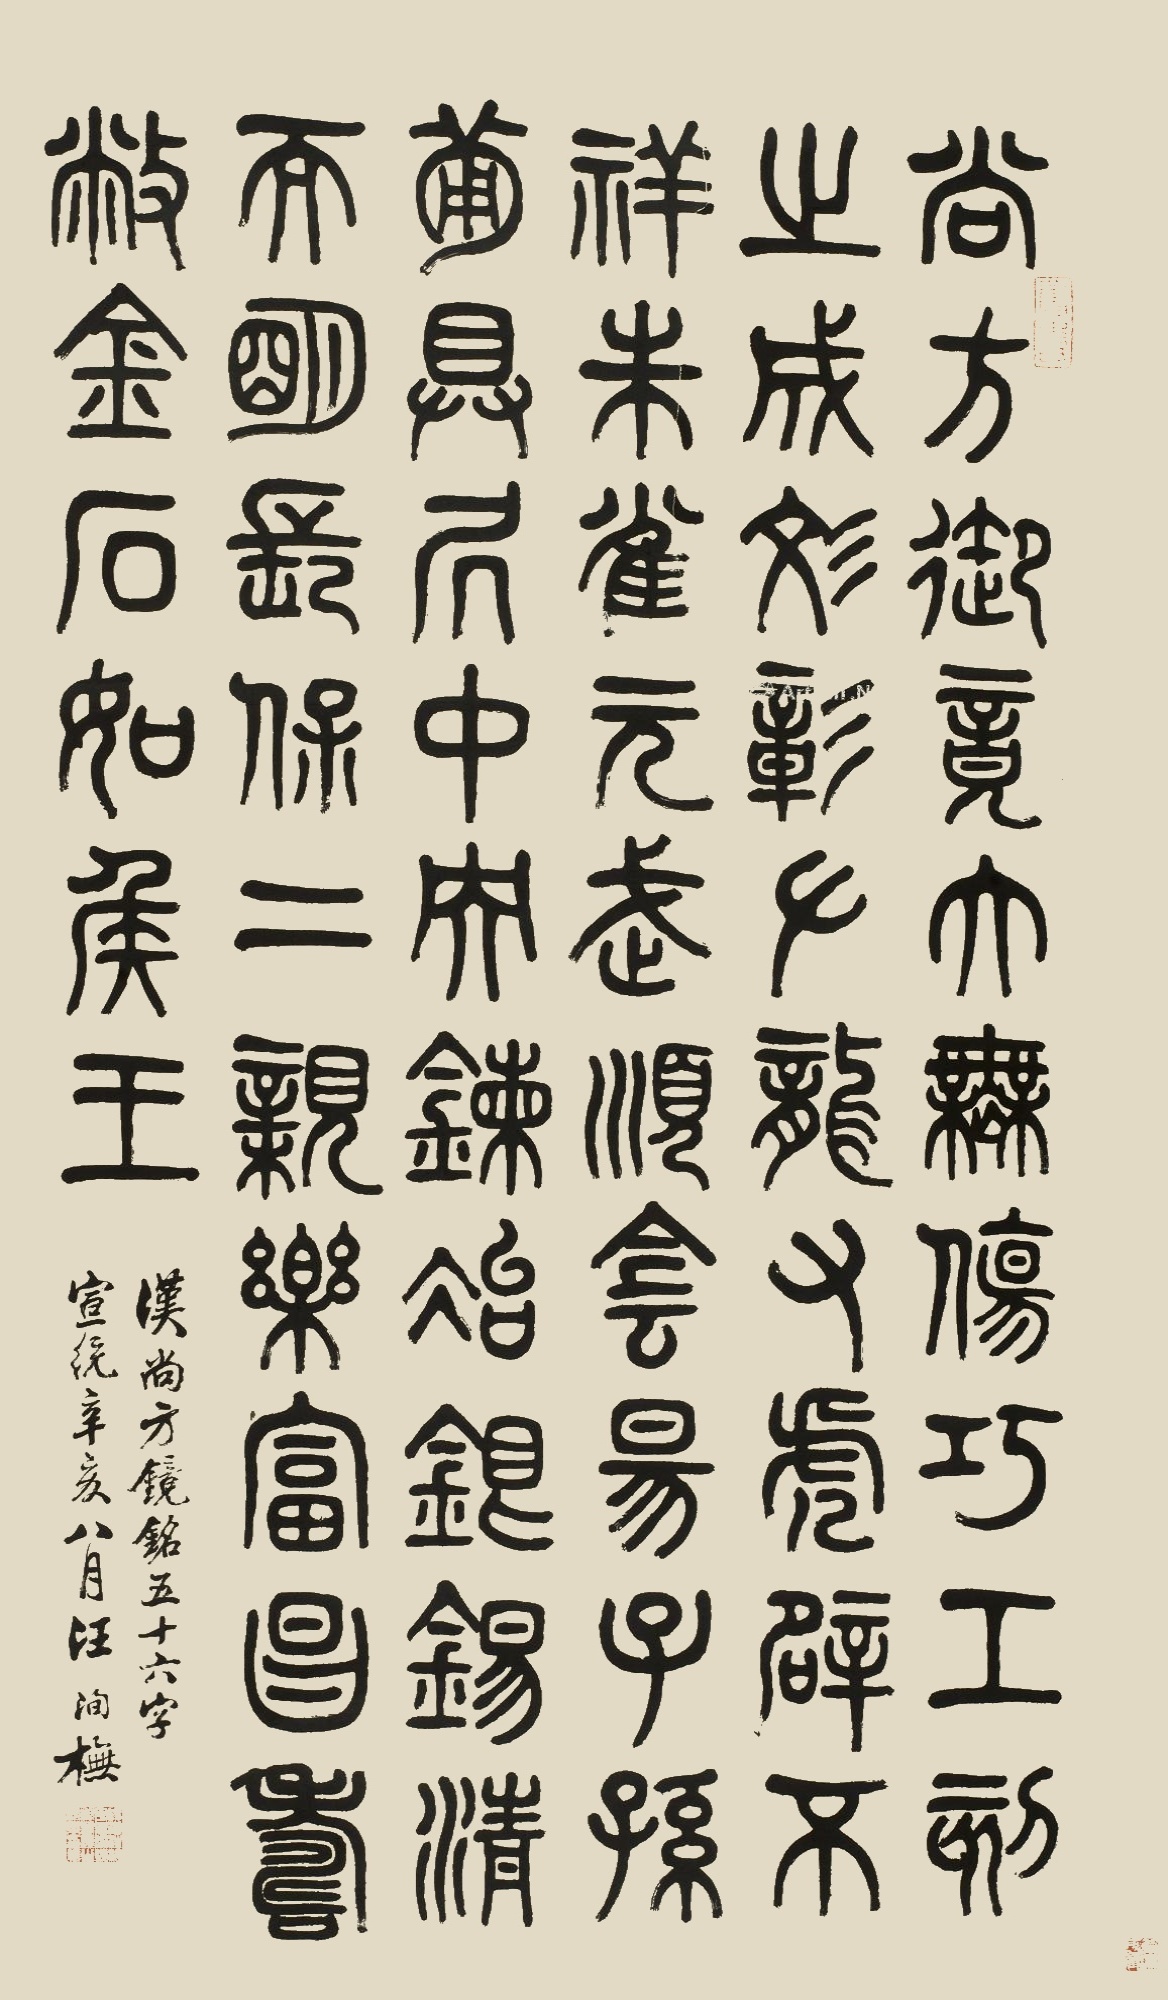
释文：尚方御竟大毋伤。巧工刻之成文章。左龙右虎辟不祥。朱雀元武顺阴阳。子孙备具居中央。錬以铁锡清不明。长保二亲乐富昌。寿敝金石如侯王。汉尚方镜铭五十六字。宣统辛亥八月，汪洵橅。